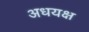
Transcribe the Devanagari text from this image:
अधयक्ष